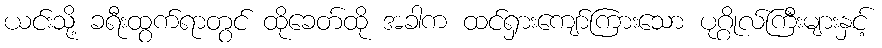
ယင်းသို့ ခရီးထွက်ရာတွင် ထိုခေတ်ထို အခါက ထင်ရှားကျော်ကြားသော ပုဂ္ဂိုလ်ကြီးများနှင့်